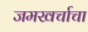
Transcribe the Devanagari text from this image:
जमखर्चाचा